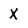
Character: X